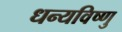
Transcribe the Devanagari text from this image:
धन्यविष्णु